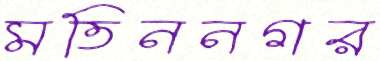
মতিননগর